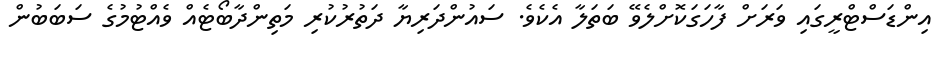
އިންޑަސްޓްރީގައި ވަރަށް ފާހަގަކޮށްލެވޭ ބަތަލާ އެކެވެ. ސައުންދަރިޔާ ދަތުރުކުރި މަތިންދާބޯޓެއް ވެއްޓުމުގެ ސަބަބުން